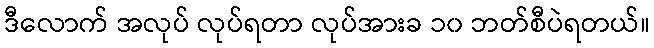
ဒီလောက် အလုပ် လုပ်ရတာ လုပ်အားခ ၁၀ ဘတ်စီပဲရတယ်။